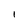
Character: 1